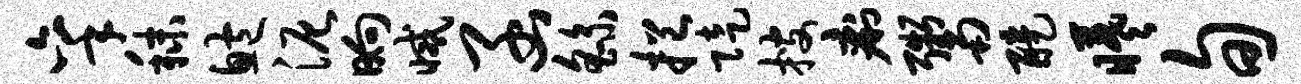
秉秣鲍泥晌减函繇挹陡搜痢鬻醍曦旬